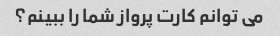
می توانم کارت پرواز شما را ببینم؟